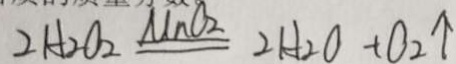
2 H _ { 2 } O _ { 2 } \xlongequal { M n O _ { 2 } } 2 H _ { 2 } O + O _ { 2 } \uparrow